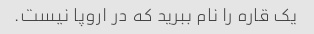
یک قاره را نام ببرید که در اروپا نیست.